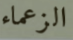
الزعماء